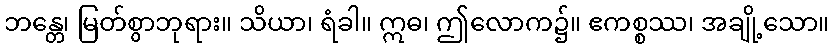
ဘန္တေ၊ မြတ်စွာဘုရား။ သိယာ၊ ရံခါ။ ဣဓ၊ ဤလောက၌။ ဧကစ္စဿ၊ အချို့သော။